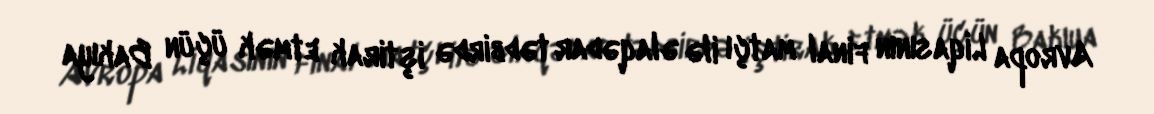
Avropa Liqasının final matçı ilə əlaqədar tədbirdə iştirak etmək üçün Bakıya